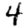
Digit: 4